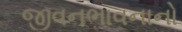
જીવનભાવનાનો